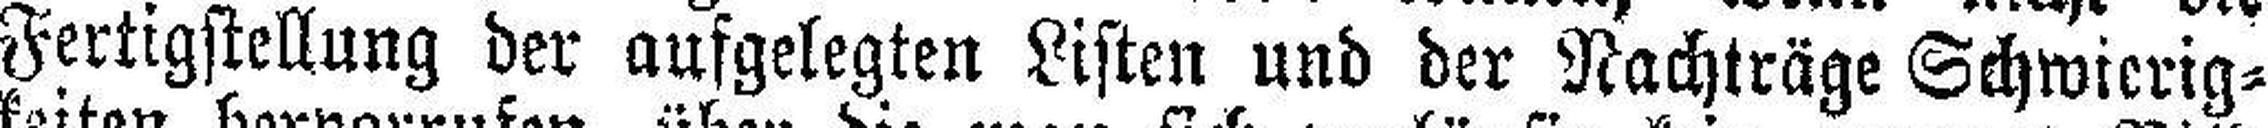
Fertigstellung der aufgelegten Listen und der Nachträge Schwierig¬